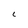
Character: C